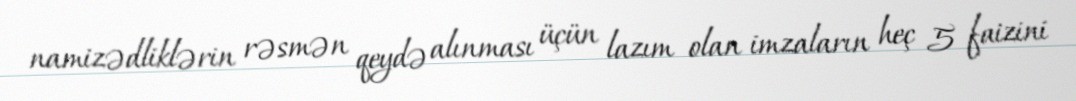
namizədliklərin rəsmən qeydə alınması üçün lazım olan imzaların heç 5 faizini